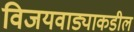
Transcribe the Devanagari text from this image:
विजयवाड्याकडील